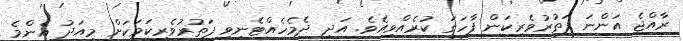
ރާއްޖެ އަންނަ ފަތުރުވެރިކަން ފާހަގަ ކުރެއްވިއެވެ. އަދި ދެމެހެއްޓެނިވި ފަތުރުވެެރިކަމަކަށް މިއަދު އެންމެ